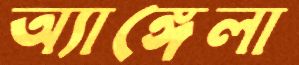
অ্যাঙ্গেলা